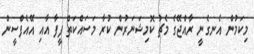
މިކަމުން އެނގެނީ ރާއްޖޭގެ މެޗު ކޮމިޝަނަރުން ކުރާ މަސައްކަތް ފީފާ އާއި އޭއެފްސީން